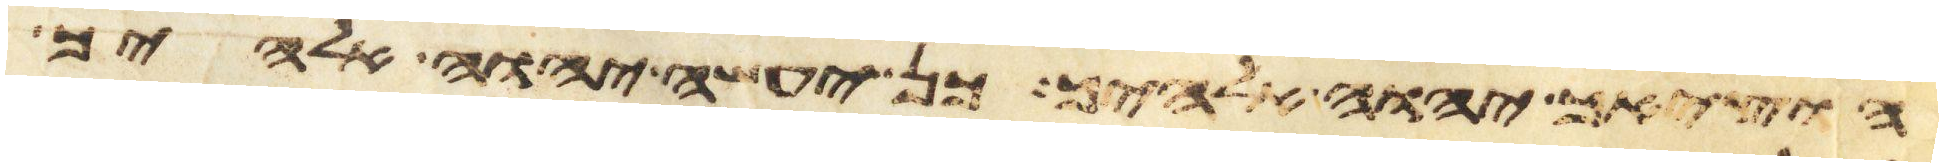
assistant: הוציאך יהוה אלהיך כן יעשה יהוה אלהיך